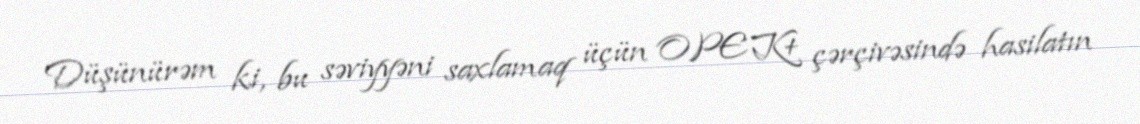
Düşünürəm ki, bu səviyyəni saxlamaq üçün OPEK+ çərçivəsində hasilatın